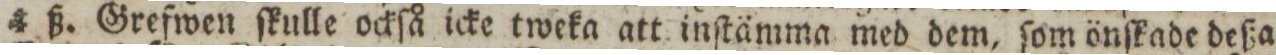
4 ß. Grefwen ſkulle ockſå icke tweka att inſtämma med dem, ſom önſkade deßa